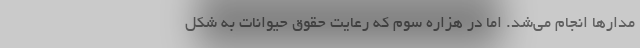
مدارها انجام می‌شد. اما در هزاره سوم که رعایت حقوق حیوانات به شکل